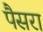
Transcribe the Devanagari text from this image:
पैसरा